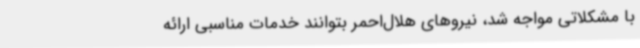
با مشکلاتی مواجه شد، نیروهای هلال‌احمر بتوانند خدمات مناسبی ارائه